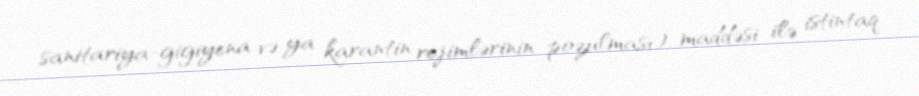
sanitariya-gigiyena və ya karantin rejimlərinin pozulması) maddəsi ilə istintaq